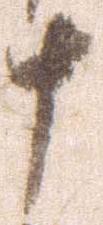
十